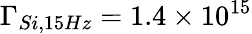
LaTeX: \Gamma_{Si,15Hz}=1.4\times 10^{15}